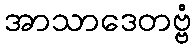
အာသာဒေတဗ္ဗံ